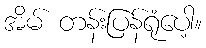
အိမ် တန်းပြန်ရုံပေါ့။